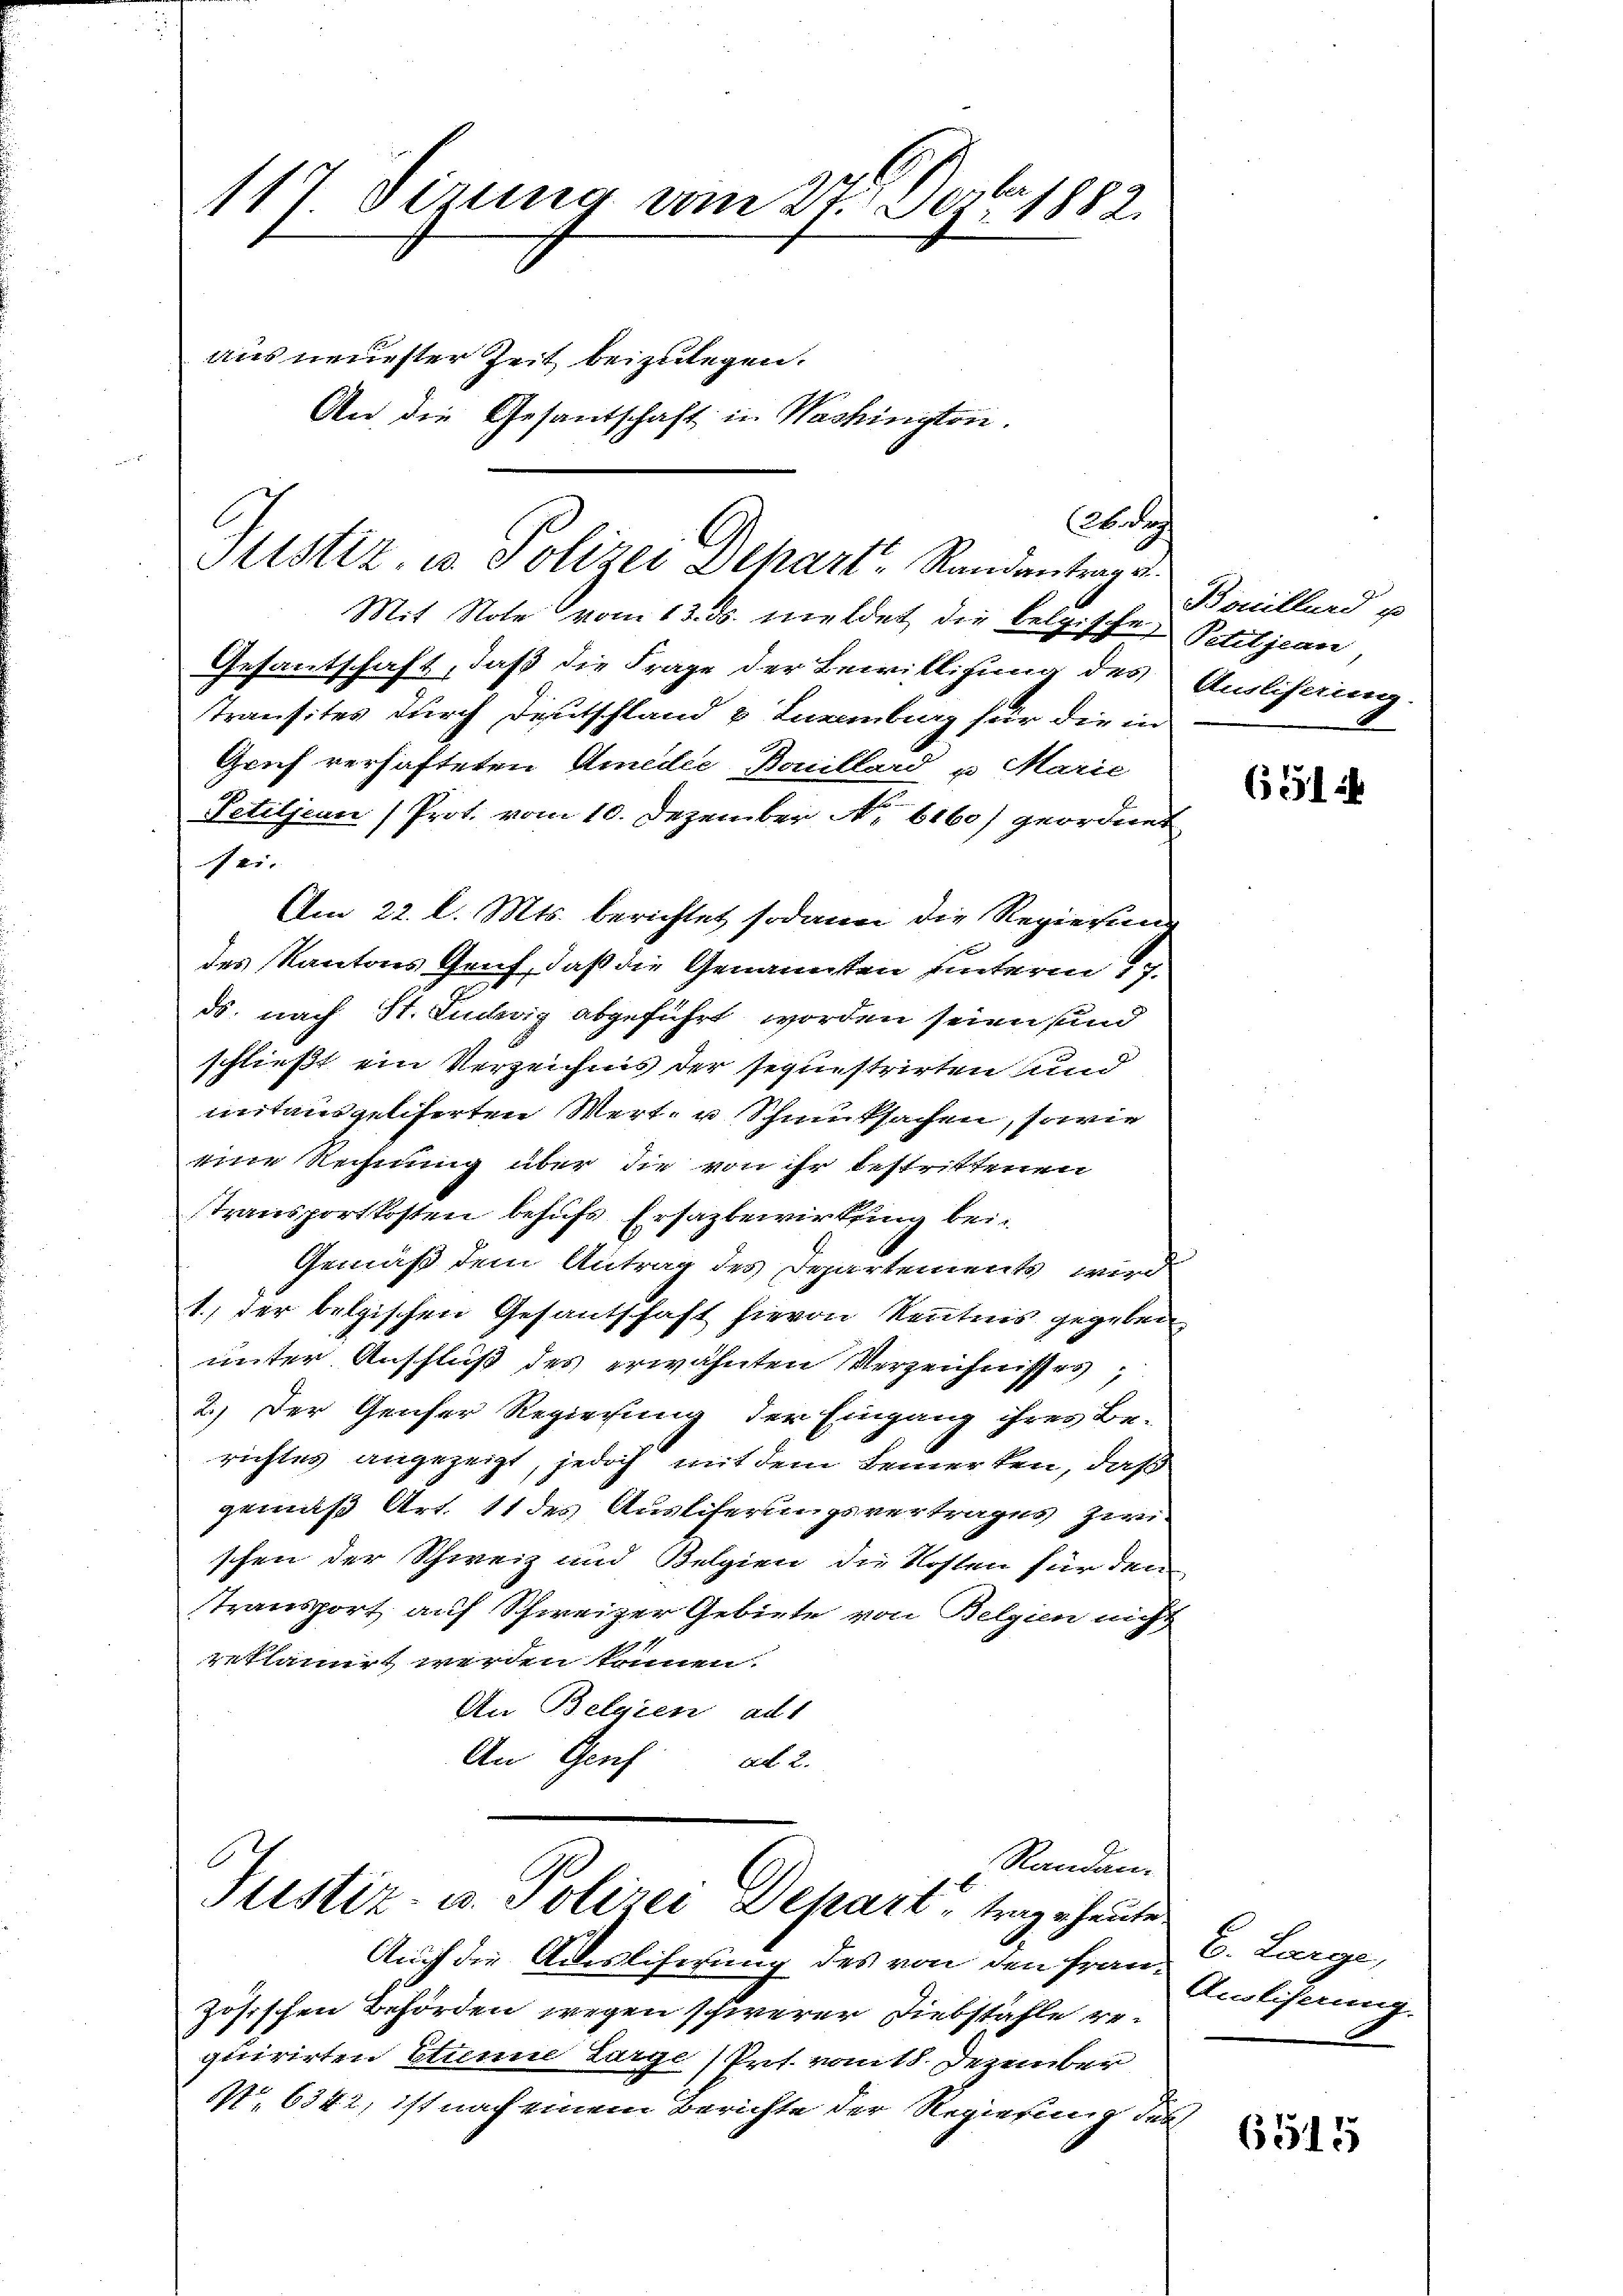
117 Sirung vom 27. Jez. 1882.
aus neuester Zeit beizulegen.
An die Gesantschaft in Washington.

C. de
Sistiz, u. Polizei Depart. Randentrag d.
Mit Note vom 13. ds. meldet die belgische

Gesantschaft, daß die Frage der Bewilligung des
Transites durch Deutschland & Inemberg für die in
Gruf verhafteten Amedii Bouillard v. Marie
Petitjen (Prot. vom 10. Dezember No. 6160) geordnet
sei¬
Am 22. l. Mts. berichtet sodann die Regieising
des Kantons Gruf, daß die Genannten hinterm 17.
ds. nach St. Ludwig abgeführt worden seien und
schließt ein Verzeichnis der sequestrirten und
mitausgeliferten Wert- u Schmucksachen, sowie
eine Rechnung über die von ihr bestrittenen
Transportkosten behufs Ersagbewirkung bei-
Gemäß dem Antrag des Departements wird
1., der belgischen Gesantschaft hievon Kenntnis gegeben
unter Anschluß des erwähnten Verzeichnisses;
2.) Der Genser Regierung der Eingang ihres Be-
richtes angezeigt, jedoch mit dem Bemerken, daß
gemäß Art. 11 des Auslieferungsvertrages zwi-
schen der Schweiz und Belgien die Kosten für den
Transport auf Schweizer Gebiete von Belgen nicht
reklamirt werden können.
An Belgien aut
An Gruf
ad 2.

Justiz- u. Polizei Depart trag heute

Randan¬

Auch die Auslieferung des von den Französischen Behörden wegen schwerer Liebstähle re-
quirirten Stune Large (Prot. vom 18. Dezember
N 6342, ist nach einem Berichte der Regierung des

Bouillard u
Petitjean
Auslieferung.

651

B. Large,
Ansliserung

6515